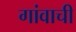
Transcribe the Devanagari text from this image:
गांवाची